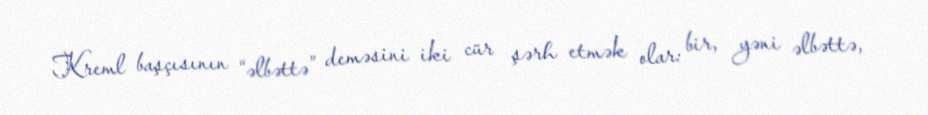
Kreml başçısının “əlbəttə” deməsini iki cür şərh etmək olar: bir, yəni əlbəttə,